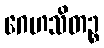
ဂေဟသိတဉ္စ